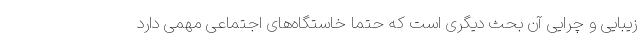
زیبایی و چرایی آن بحث دیگری است که حتما خاستگاه‌های اجتماعی مهمی دارد